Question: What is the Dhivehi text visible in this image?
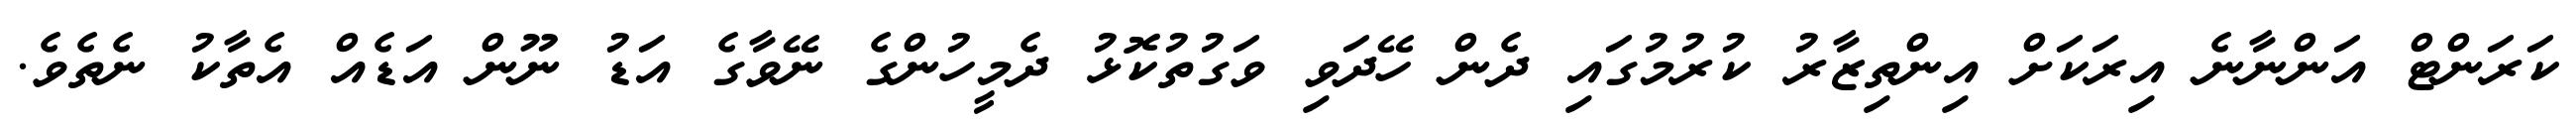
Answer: ކަރަންޓް އަންނާނެ އިރަކަށް އިންތިޒާރު ކުރުމުގައި ދެން ހޭދަވި ވަގުތުކޮޅު ދެމީހުންގެ ނޭވާގެ އަޑު ނޫން އަޑެއް އެތާކު ނެތެވެ.